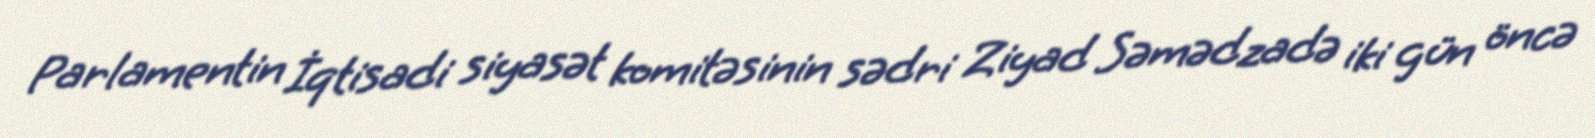
Parlamentin İqtisadi siyasət komitəsinin sədri Ziyad Səmədzadə iki gün öncə